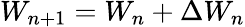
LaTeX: W_{n+1}=W_{n}+\Delta W_{n}